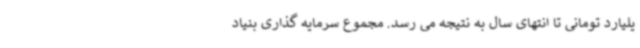
یلیارد تومانی تا انتهای سال به نتیجه می رسد. مجموع سرمایه گذاری بنیاد